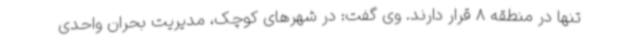
تنها در منطقه 8 قرار دارند. وی گفت: در شهرهای کوچک، مدیریت بحران واحدی